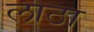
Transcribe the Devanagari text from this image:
लाठा